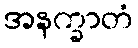
အနက္ခာတံ